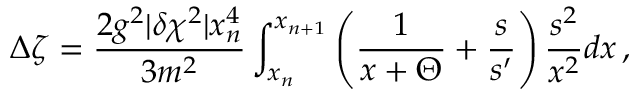
\Delta \zeta = { \frac { 2 g ^ { 2 } | \delta \chi ^ { 2 } | x _ { n } ^ { 4 } } { 3 m ^ { 2 } } } \int _ { x _ { n } } ^ { x _ { n + 1 } } \left( { \frac { 1 } { x + \Theta } } + { \frac { s } { s ^ { \prime } } } \right) { \frac { s ^ { 2 } } { x ^ { 2 } } } d x \, ,